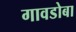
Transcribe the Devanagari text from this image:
गावडोबा